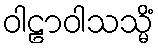
ဝါဠာဝါသသ္မိံ